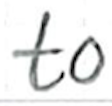
Text: to
Cross-out: clean
Writing tool: ballpoint